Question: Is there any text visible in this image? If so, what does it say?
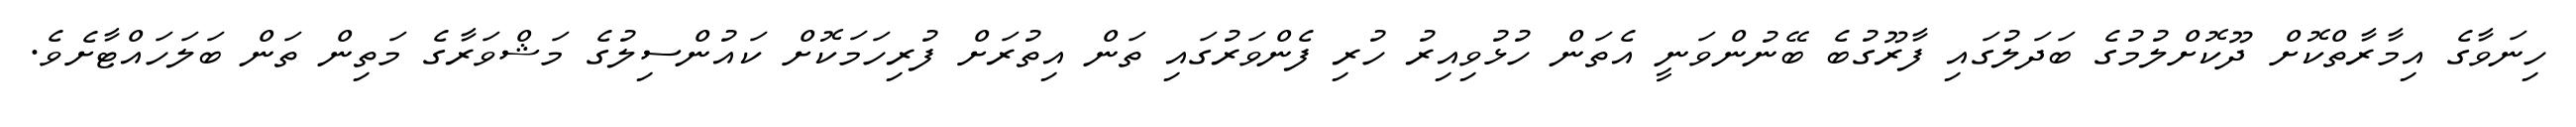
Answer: ހިނަވާގެ އިމާރާތްކޮށް ދޫކޮށްލުމުގެ ބަދަލުގައި ފާރޫގުބެ ބޭނުންވަނީ އެތަން ހުޅުވިއިރު ހުރި ފެންވަރުގައި ތަން އިތުރަށް ފުރިހަމަކޮށް ކައުންސިލުގެ މަޝްވަރާގެ މަތިން ތަން ބަލަހައްޓާށެވެ.